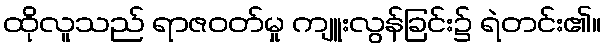
ထိုလူသည် ရာဇဝတ်မှု ကျူးလွန်ခြင်း၌ ရဲတင်း၏။